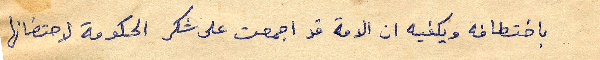
باختطافه ويكفيه ان الامة قد اجمعت على شكر الحكومة لاحتضانها